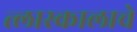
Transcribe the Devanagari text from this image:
त्लास्कालाचे